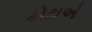
કોટાએ